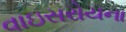
વાઇસરોયના